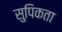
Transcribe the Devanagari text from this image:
सुपिकता